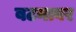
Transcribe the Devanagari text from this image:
बटनावर